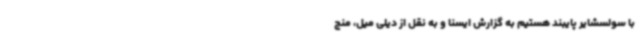
با سولسشایر پایبند هستیم به گزارش ایسنا و به نقل از دیلی میل، منچ